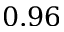
0 . 9 6